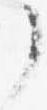
了